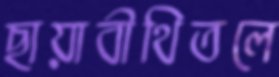
ছায়াবীথিতলে